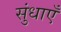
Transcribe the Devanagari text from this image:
सुंधाएँ